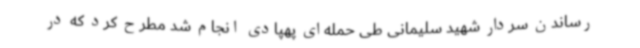
رساندن سردار شهید سلیمانی طی حمله‌ای پهپادی انجام شد مطرح کرد که در